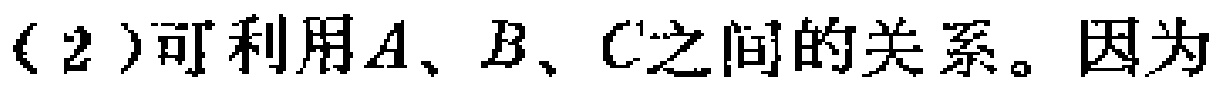
(2)可利用\(A\)、\(B\)、\(C\)之间的关系。因为